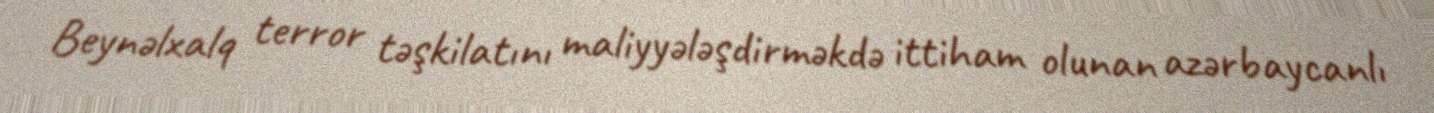
Beynəlxalq terror təşkilatını maliyyələşdirməkdə ittiham olunan azərbaycanlı